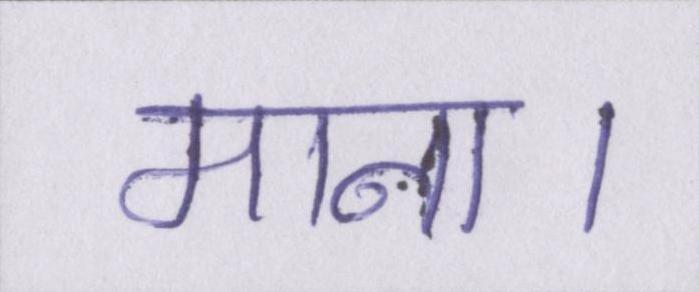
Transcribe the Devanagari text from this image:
माना।